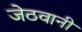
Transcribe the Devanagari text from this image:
जेठवानी